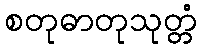
စတုဓာတုသုတ္တံ